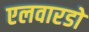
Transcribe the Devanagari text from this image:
एलवारडो